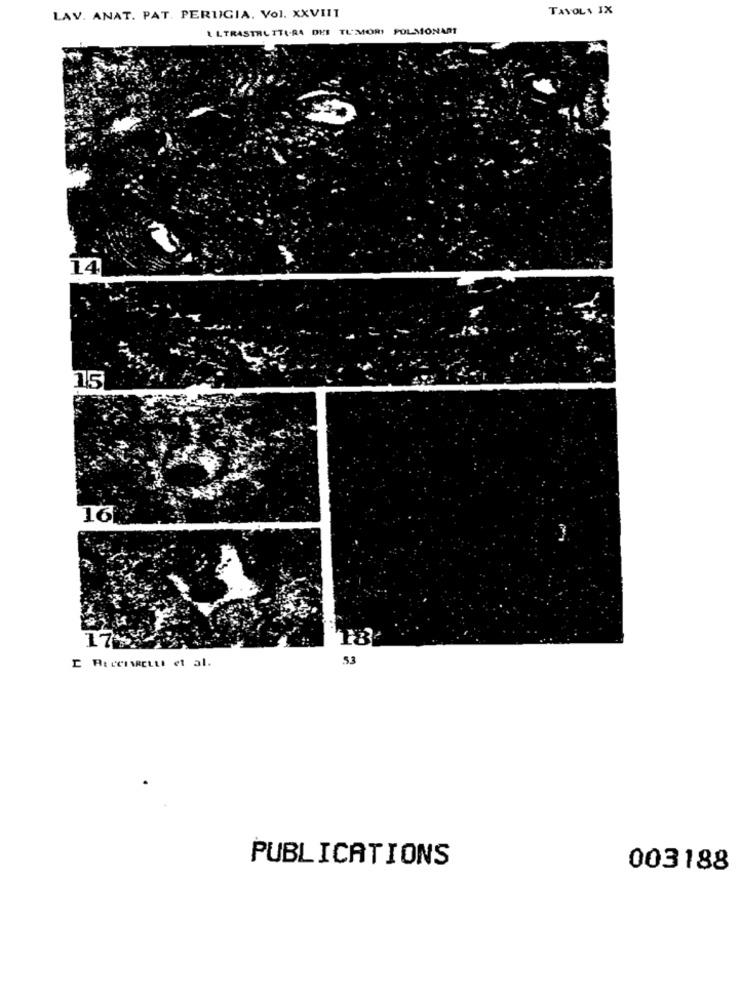
TAVOLA IX
LAV. ANAT. PAT. PERUGIA. Vol. XXVIII
ILTRASTRE TTI-RA DEI TL'MORI POLMONARI
14
15
16
17
53
I RICCIARELLI et al.
PUBLICATIONS
003188